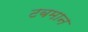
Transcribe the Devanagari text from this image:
टबमान